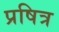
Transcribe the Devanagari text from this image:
प्रषित्र